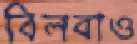
বিলবাও